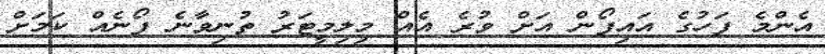
އެންމެ ފަހުގެ އައިފޯން އަށް ވުރެ އެއް މިލިމީޓަރު ތުނިވާނެ ފޯނެއް ކަމަށް